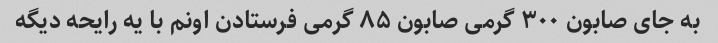
به جای صابون ۳۰۰ گرمی صابون ۸۵ گرمی فرستادن اونم با یه رایحه دیگه